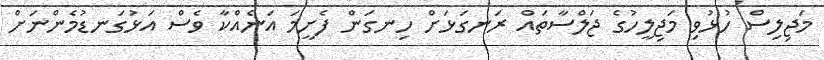
މަޖިލިސް ހުޅުވި މަޖިލީހުގެ ޖަލްސާތައް ރަނގަޅަށް ހިނގަން ފެށީމަ އަނެއްކާ ވެސް އަޅުގަނޑުމެންނަށް